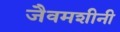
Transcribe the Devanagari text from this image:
जैवमशीनी